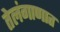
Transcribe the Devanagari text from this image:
तेलंगाणात